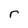
Character: r